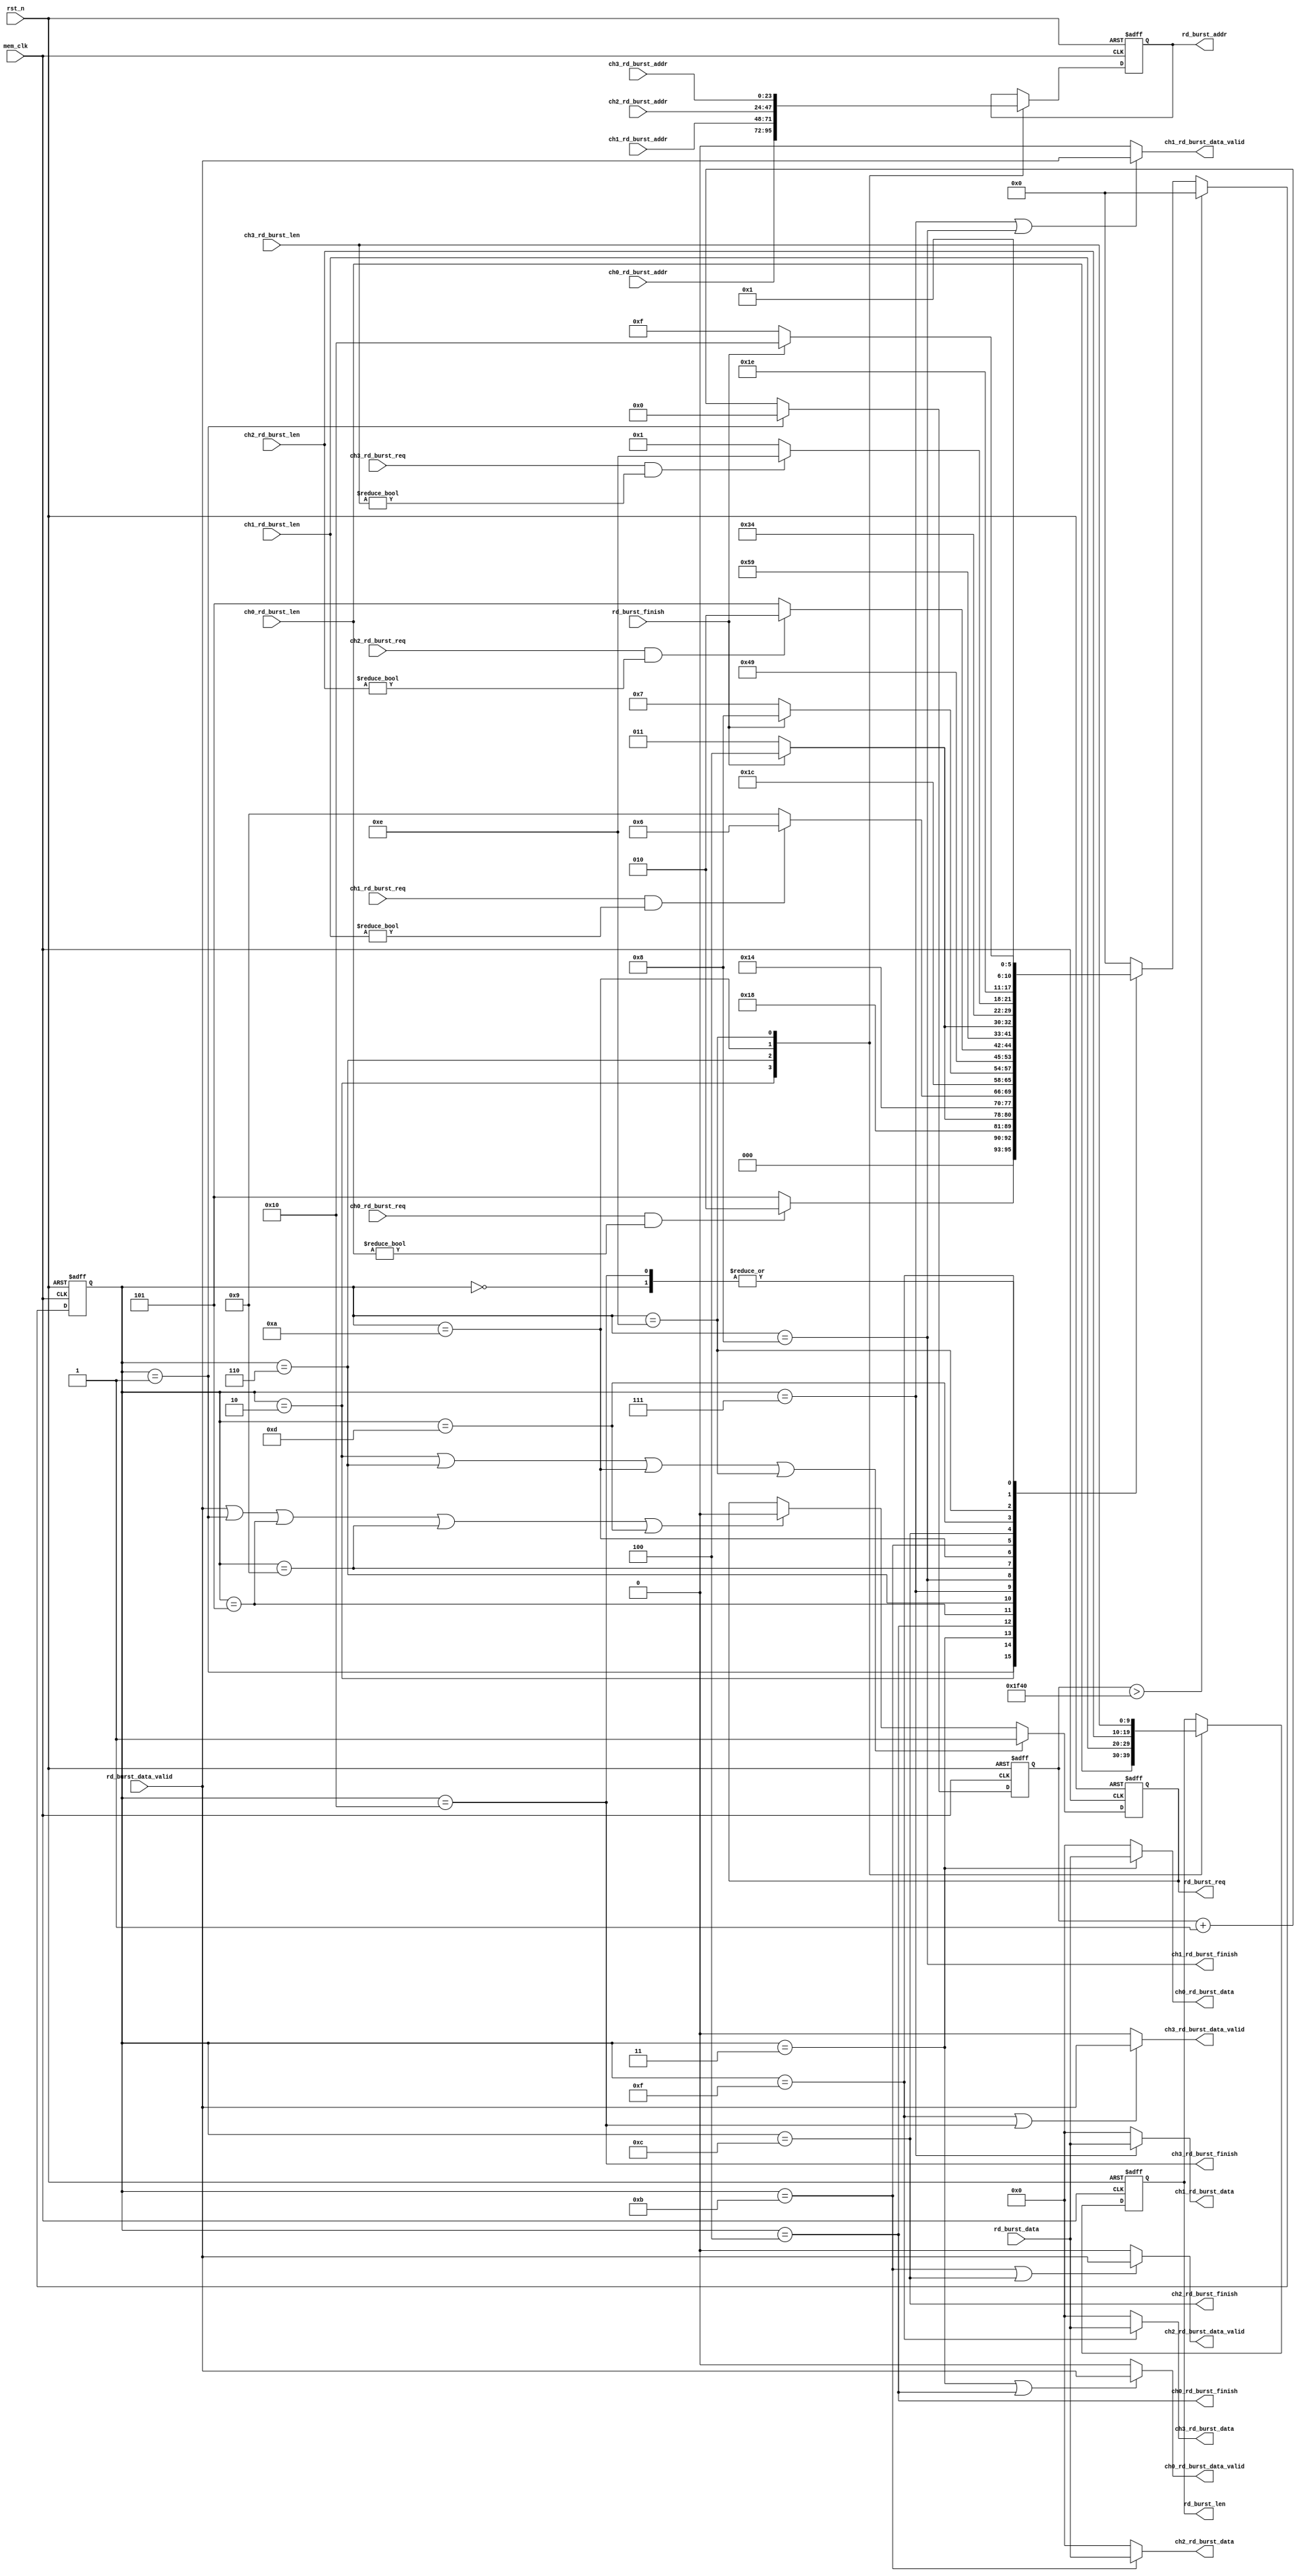
/**/
module mem_read_arbi
#(
	parameter MEM_DATA_BITS = 32
)
(
	input rst_n,
	input mem_clk,
	input ch0_rd_burst_req,
	input[9:0] ch0_rd_burst_len,
	input[23:0] ch0_rd_burst_addr,
	output ch0_rd_burst_data_valid,
	output[MEM_DATA_BITS - 1:0] ch0_rd_burst_data,
	output ch0_rd_burst_finish,
	
	input ch1_rd_burst_req,
	input[9:0] ch1_rd_burst_len,
	input[23:0] ch1_rd_burst_addr,
	output ch1_rd_burst_data_valid,
	output[MEM_DATA_BITS - 1:0] ch1_rd_burst_data,
	output ch1_rd_burst_finish,
	
	input ch2_rd_burst_req,
	input[9:0] ch2_rd_burst_len,
	input[23:0] ch2_rd_burst_addr,
	output ch2_rd_burst_data_valid,
	output[MEM_DATA_BITS - 1:0] ch2_rd_burst_data,
	output ch2_rd_burst_finish,
	
	input ch3_rd_burst_req,
	input[9:0] ch3_rd_burst_len,
	input[23:0] ch3_rd_burst_addr,
	output ch3_rd_burst_data_valid,
	output[MEM_DATA_BITS - 1:0] ch3_rd_burst_data,
	output ch3_rd_burst_finish,
	///////////////////////////////////////////
	output reg rd_burst_req,
	output reg[9:0] rd_burst_len,
	output reg[23:0] rd_burst_addr,
	input rd_burst_data_valid,
	input[MEM_DATA_BITS - 1:0] rd_burst_data,
	input rd_burst_finish	
);

reg[5:0] read_state = 6'd0;
reg[5:0] read_state_next = 6'd0;
reg[15:0] cnt_timer = 15'd0;
localparam IDLE = 6'd0;

localparam CH0_CHECK = 6'd1;
localparam CH0_BEGIN = 6'd2;
localparam CH0_READ = 6'd3;
localparam CH0_END = 6'd4;

localparam CH1_CHECK = 6'd5;
localparam CH1_BEGIN = 6'd6;
localparam CH1_READ = 6'd7;
localparam CH1_END = 6'd8;

localparam CH2_CHECK = 6'd9;
localparam CH2_BEGIN = 6'd10;
localparam CH2_READ = 6'd11;
localparam CH2_END = 6'd12;

localparam CH3_CHECK = 6'd13;
localparam CH3_BEGIN = 6'd14;
localparam CH3_READ = 6'd15;
localparam CH3_END = 6'd16;


always@(posedge mem_clk or negedge rst_n)
begin
	if(~rst_n)
		read_state <= IDLE;
	else if(cnt_timer > 16'd8000)
		read_state <= IDLE;
	else
		read_state <= read_state_next;
end

always@(posedge mem_clk or negedge rst_n)
begin
	if(~rst_n)
		cnt_timer <= 16'd0;
	else if(read_state == CH0_CHECK)
		cnt_timer <= 16'd0;
	else
		cnt_timer <= cnt_timer + 16'd1;
end

always@(*)
begin
	case(read_state)
		IDLE:
			read_state_next <= CH0_CHECK;
		//
		CH0_CHECK:
			if(ch0_rd_burst_req && ch0_rd_burst_len != 10'd0)
				read_state_next <= CH0_BEGIN;
			else
				read_state_next <= CH1_CHECK;
		CH0_BEGIN:
			read_state_next <= CH0_READ;
		CH0_READ:
			if(rd_burst_finish)
				read_state_next <= CH0_END;
			else
				read_state_next <= CH0_READ;
		CH0_END:
			read_state_next <= CH1_CHECK;
		//	
		CH1_CHECK:
			if(ch1_rd_burst_req && ch1_rd_burst_len != 10'd0)
				read_state_next <= CH1_BEGIN;
			else
				read_state_next <= CH2_CHECK;
		CH1_BEGIN:
			read_state_next <= CH1_READ;
		CH1_READ:
			if(rd_burst_finish)
				read_state_next <= CH1_END;
			else
				read_state_next <= CH1_READ;
		CH1_END:
			read_state_next <= CH2_CHECK;
		//	
		CH2_CHECK:
			if(ch2_rd_burst_req  && ch2_rd_burst_len != 10'd0)
				read_state_next <= CH2_BEGIN;
			else
				read_state_next <= CH3_CHECK;
		CH2_BEGIN:
			read_state_next <= CH2_READ;
		CH2_READ:
			if(rd_burst_finish)
				read_state_next <= CH2_END;
			else
				read_state_next <= CH2_READ;
		CH2_END:
			read_state_next <= CH3_CHECK;
		//	
		CH3_CHECK:
			if(ch3_rd_burst_req  && ch3_rd_burst_len != 10'd0)
				read_state_next <= CH3_BEGIN;
			else
				read_state_next <= CH0_CHECK;
		CH3_BEGIN:
			read_state_next <= CH3_READ;
		CH3_READ:
			if(rd_burst_finish)
				read_state_next <= CH3_END;
			else
				read_state_next <= CH3_READ;
		CH3_END:
			read_state_next <= CH0_CHECK;		
		default:
			read_state_next <= IDLE;
	endcase
end

always@(posedge mem_clk or negedge rst_n)
begin
	if(~rst_n)
		begin
			rd_burst_len <= 10'd0;
			rd_burst_addr <= 24'd0;
		end
	else
		begin
			case(read_state)
				CH0_BEGIN:
					begin
						rd_burst_len <= ch0_rd_burst_len;
						rd_burst_addr <= ch0_rd_burst_addr;
					end
				CH1_BEGIN:
					begin
						rd_burst_len <= ch1_rd_burst_len;
						rd_burst_addr <= ch1_rd_burst_addr;
					end
				CH2_BEGIN:
					begin
						rd_burst_len <= ch2_rd_burst_len;
						rd_burst_addr <= ch2_rd_burst_addr;
					end
				CH3_BEGIN:
					begin
						rd_burst_len <= ch3_rd_burst_len;
						rd_burst_addr <= ch3_rd_burst_addr;
					end
				default:
					begin
						rd_burst_len <= rd_burst_len;
						rd_burst_addr <= rd_burst_addr;
					end
			endcase
		end
end

always@(posedge mem_clk or negedge rst_n)
begin
	if(~rst_n)
		rd_burst_req <= 1'b0;
	else if(read_state == CH0_BEGIN || read_state == CH1_BEGIN || read_state == CH2_BEGIN || read_state == CH3_BEGIN)
		rd_burst_req <= 1'b1;
	else if(rd_burst_data_valid || read_state == CH0_CHECK  || read_state == CH1_CHECK  || read_state == CH2_CHECK  || read_state == CH3_CHECK)
		rd_burst_req <= 1'b0;
	else
		rd_burst_req <= rd_burst_req;
end

assign ch0_rd_burst_finish = (read_state == CH0_END);
assign ch1_rd_burst_finish = (read_state == CH1_END);
assign ch2_rd_burst_finish = (read_state == CH2_END);
assign ch3_rd_burst_finish = (read_state == CH3_END);

assign ch0_rd_burst_data_valid = (read_state == CH0_READ || read_state == CH0_END) ? rd_burst_data_valid : 1'b0;
assign ch1_rd_burst_data_valid = (read_state == CH1_READ || read_state == CH1_END) ? rd_burst_data_valid : 1'b0;
assign ch2_rd_burst_data_valid = (read_state == CH2_READ || read_state == CH2_END) ? rd_burst_data_valid : 1'b0;
assign ch3_rd_burst_data_valid = (read_state == CH3_READ || read_state == CH3_END) ? rd_burst_data_valid : 1'b0;

assign ch0_rd_burst_data = (read_state == CH0_READ) ? rd_burst_data : {MEM_DATA_BITS{1'd0}};
assign ch1_rd_burst_data = (read_state == CH1_READ) ? rd_burst_data : {MEM_DATA_BITS{1'd0}};
assign ch2_rd_burst_data = (read_state == CH2_READ) ? rd_burst_data : {MEM_DATA_BITS{1'd0}};
assign ch3_rd_burst_data = (read_state == CH3_READ) ? rd_burst_data : {MEM_DATA_BITS{1'd0}};
endmodule